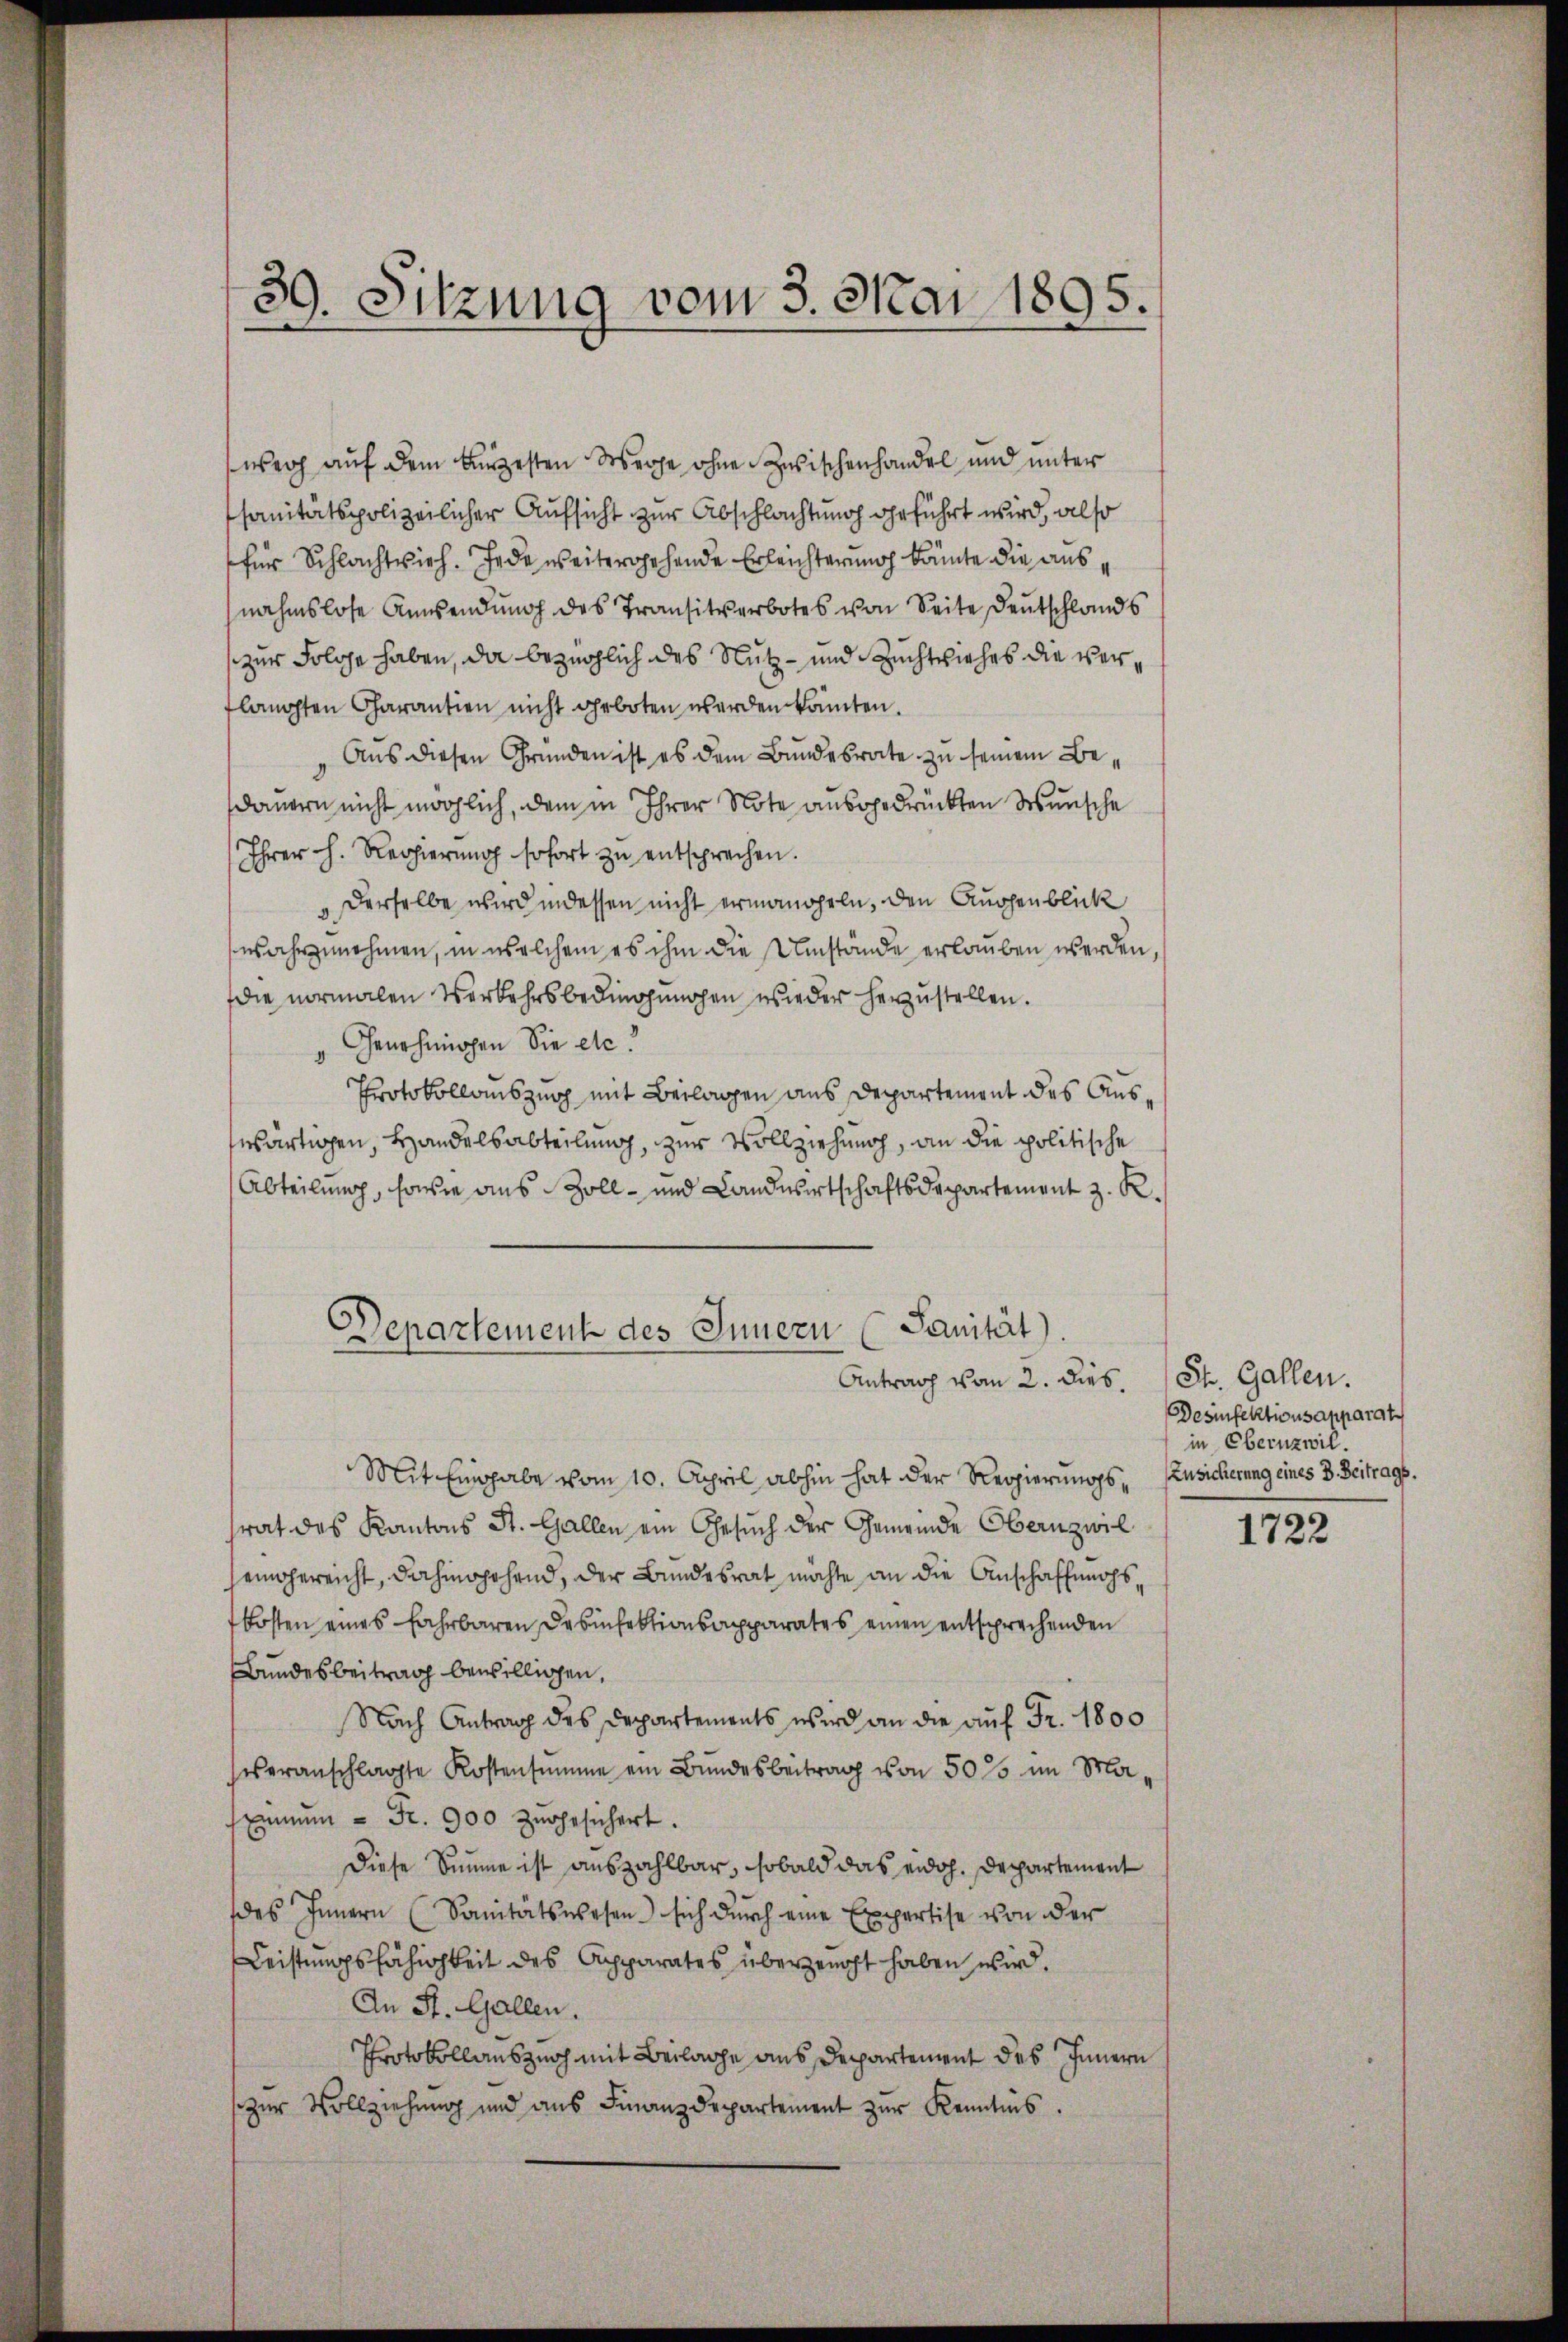
39. Sitzung vom 3. Mai 1895.

werg auf dem Burgesten Weihe ohne Zwischenhandel und unter
sanitätspolizeilicher Aufsicht zur Abschlachtung geführt wird, also
für Schlachtvieh. Jede weitergehende Erleichterung kämte die ausnahmslose Anwendung des Transitverbotes von Seite Deutschlands
zur Folge haben, da bezüglich des Nutz- und Zuchtviehes die verlangten Charantien nicht geboten werden könnten.
Aus diesen Gründen ist es dem Bundesrate zu seinem Bedauern nicht möglich, dem in Ihrer Note ausgedrückten Wunsche
Ihrer h. Regierŭng sofort zŭ entsprechen.
" Derselbe wird indessen nicht ermangeln, den Augenblick
wahrzunehmen, in welchem es ihm die Umstände erlauben werden,
die vormalen Verkehrsbedingungen wieder herzustellen.
Genehmigen Sie etc.
Protokollauszug mit Beilagen aus Departement des Auswärtigen, Handelsabteilung, zur Vollziehung, an die politische
Abteilung, sowie aus Zoll- und Landwirtschaftsdepartement z. R.
Departement des Innern (Sanität).
Antrag vom 2. dies. St. Gallen.
Mit Eingabe vom 10. April abhin hat der Regierungs-Zusicherung eines B. Beitrags.
srat des Kantons St. Gallen ein Gesuch der Gemeinde Obern zwil
seingereicht, dahingehend, der Bundesrat möchte an die Anschaffungskosten eines Fahrbaren Desinfektionsapparates einen entsprechenden
Bundesbeitrag bewilligen,
Nach Antrag des Departements wird an die auf Fr. 1800
veranschlagte Kostensumme ein Bundesbeitrag von 50 % im Maeŭn = Fr. 900 zugesichert.
Diese Summe ist auszahlbar, sobald das eidoh. Departement
des Innern (Sanitätswesen sich durch eine Expertise von der
Leistungsfähigkeit des Apparates überzeicht haben wird.
An St. Gallen.
Protokollanszuch mit Beilage aus Departement des Innern
zŭr Vollziehung und ans Finanzdepartement zŭr Kenntnis.

Desinfektionsapparat
in Eberuzwil.

1722